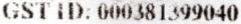
GST ID: 000381399040